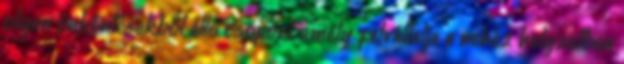
olyan önkéntesekből álló csoport, amely felvállalja a nehéz helyzetben